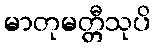
မာတုမတ္တီသုပိ